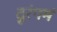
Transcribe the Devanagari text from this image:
दूरंगमं